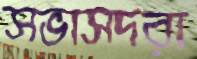
সভাসদরা